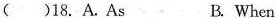
()18.A.As B.When